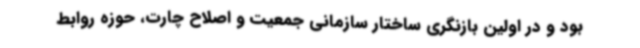
بود و در اولین بازنگری ساختار سازمانی جمعیت و اصلاح چارت، حوزه روابط